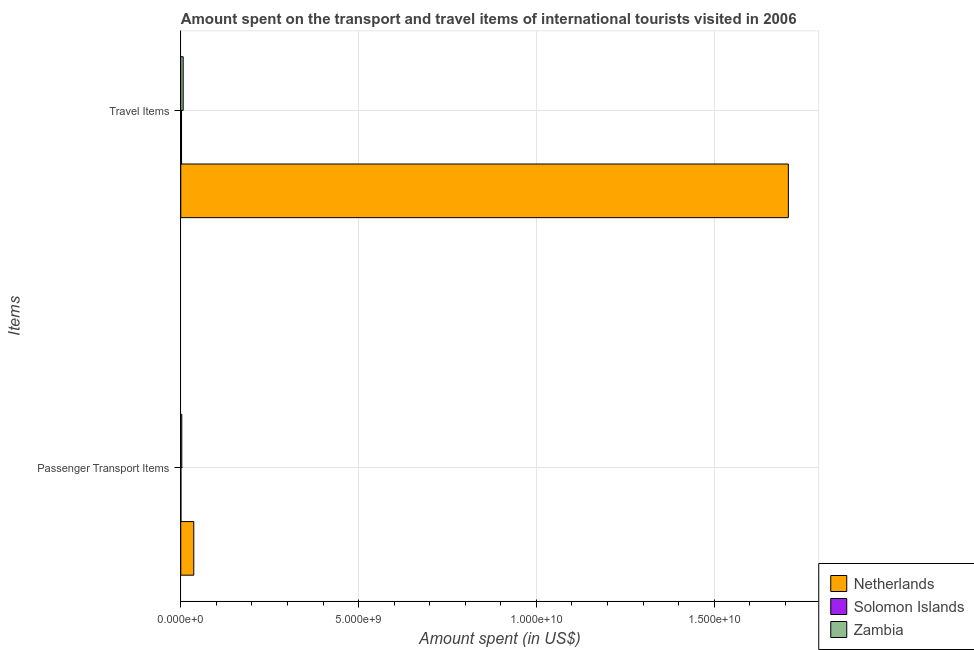
| Items | Netherlands | Solomon Islands | Zambia |
 | --- | --- | --- | --- |
 | Passenger Transport Items | 3.66e+08 | 4.3e+06 | 2.9e+07 |
 | Travel Items | 1.71e+10 | 2.22e+07 | 6.8e+07 |